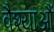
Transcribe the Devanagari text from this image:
वैश्याऔं